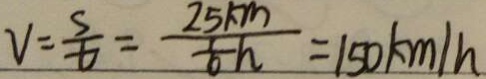
V = \frac { s } { t } = \frac { 2 5 k m } { \frac { 1 } { 6 } h } = 1 5 0 k m / h